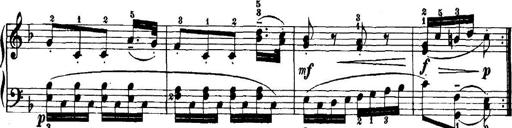
Title: 7 Sonatinas
Composer: Anton Diabelli